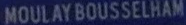
MOULAYBOUSSELHAM